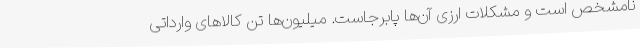
نامشخص است و مشکلات ارزی آن‌ها پابرجاست. میلیون‌ها تن کالاهای وارداتی